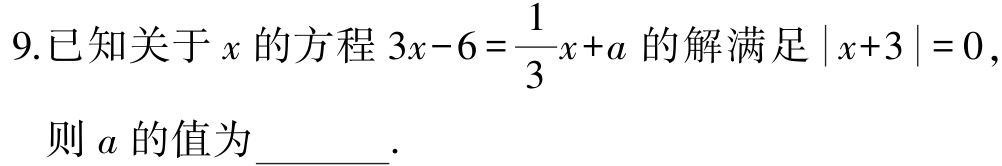
9.已知关于\(x\)的方程\(3x - 6 = \frac{1}{3}x + a\)的解满足\(\vert x + 3\vert = 0\)，

则\(a\)的值为_______.